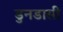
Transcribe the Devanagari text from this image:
डुनडासी